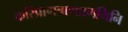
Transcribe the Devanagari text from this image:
करिप्राणत्राणप्रणयिनि